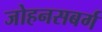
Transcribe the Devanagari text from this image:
जोहनसबर्ग